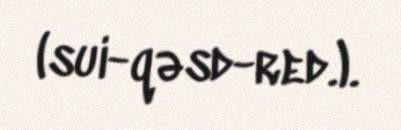
(sui-qəsd-red.).